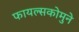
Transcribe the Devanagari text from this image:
फायल्सकोमुने